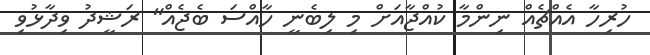
ހުރިހާ އެއްޗެއް ނިންމާ ކުއްޖާއަށް މި ލިބެނީ ހާއްސަ ބެޖެއް" ރަޝީދު ވިދާޅުވި